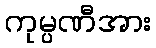
ကုမ္ပဏီအား